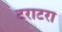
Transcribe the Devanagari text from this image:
टराटरा